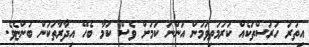
އިތުރު ހުރަސްތަކެއް ކުރުމަތިވަމުން އަންނަ ކަމަށް ވެސް ކަމާ ބެހޭ އިދާރާތަކުން ބުންޏެވެ.